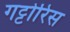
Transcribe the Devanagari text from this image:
गट्टोरिस